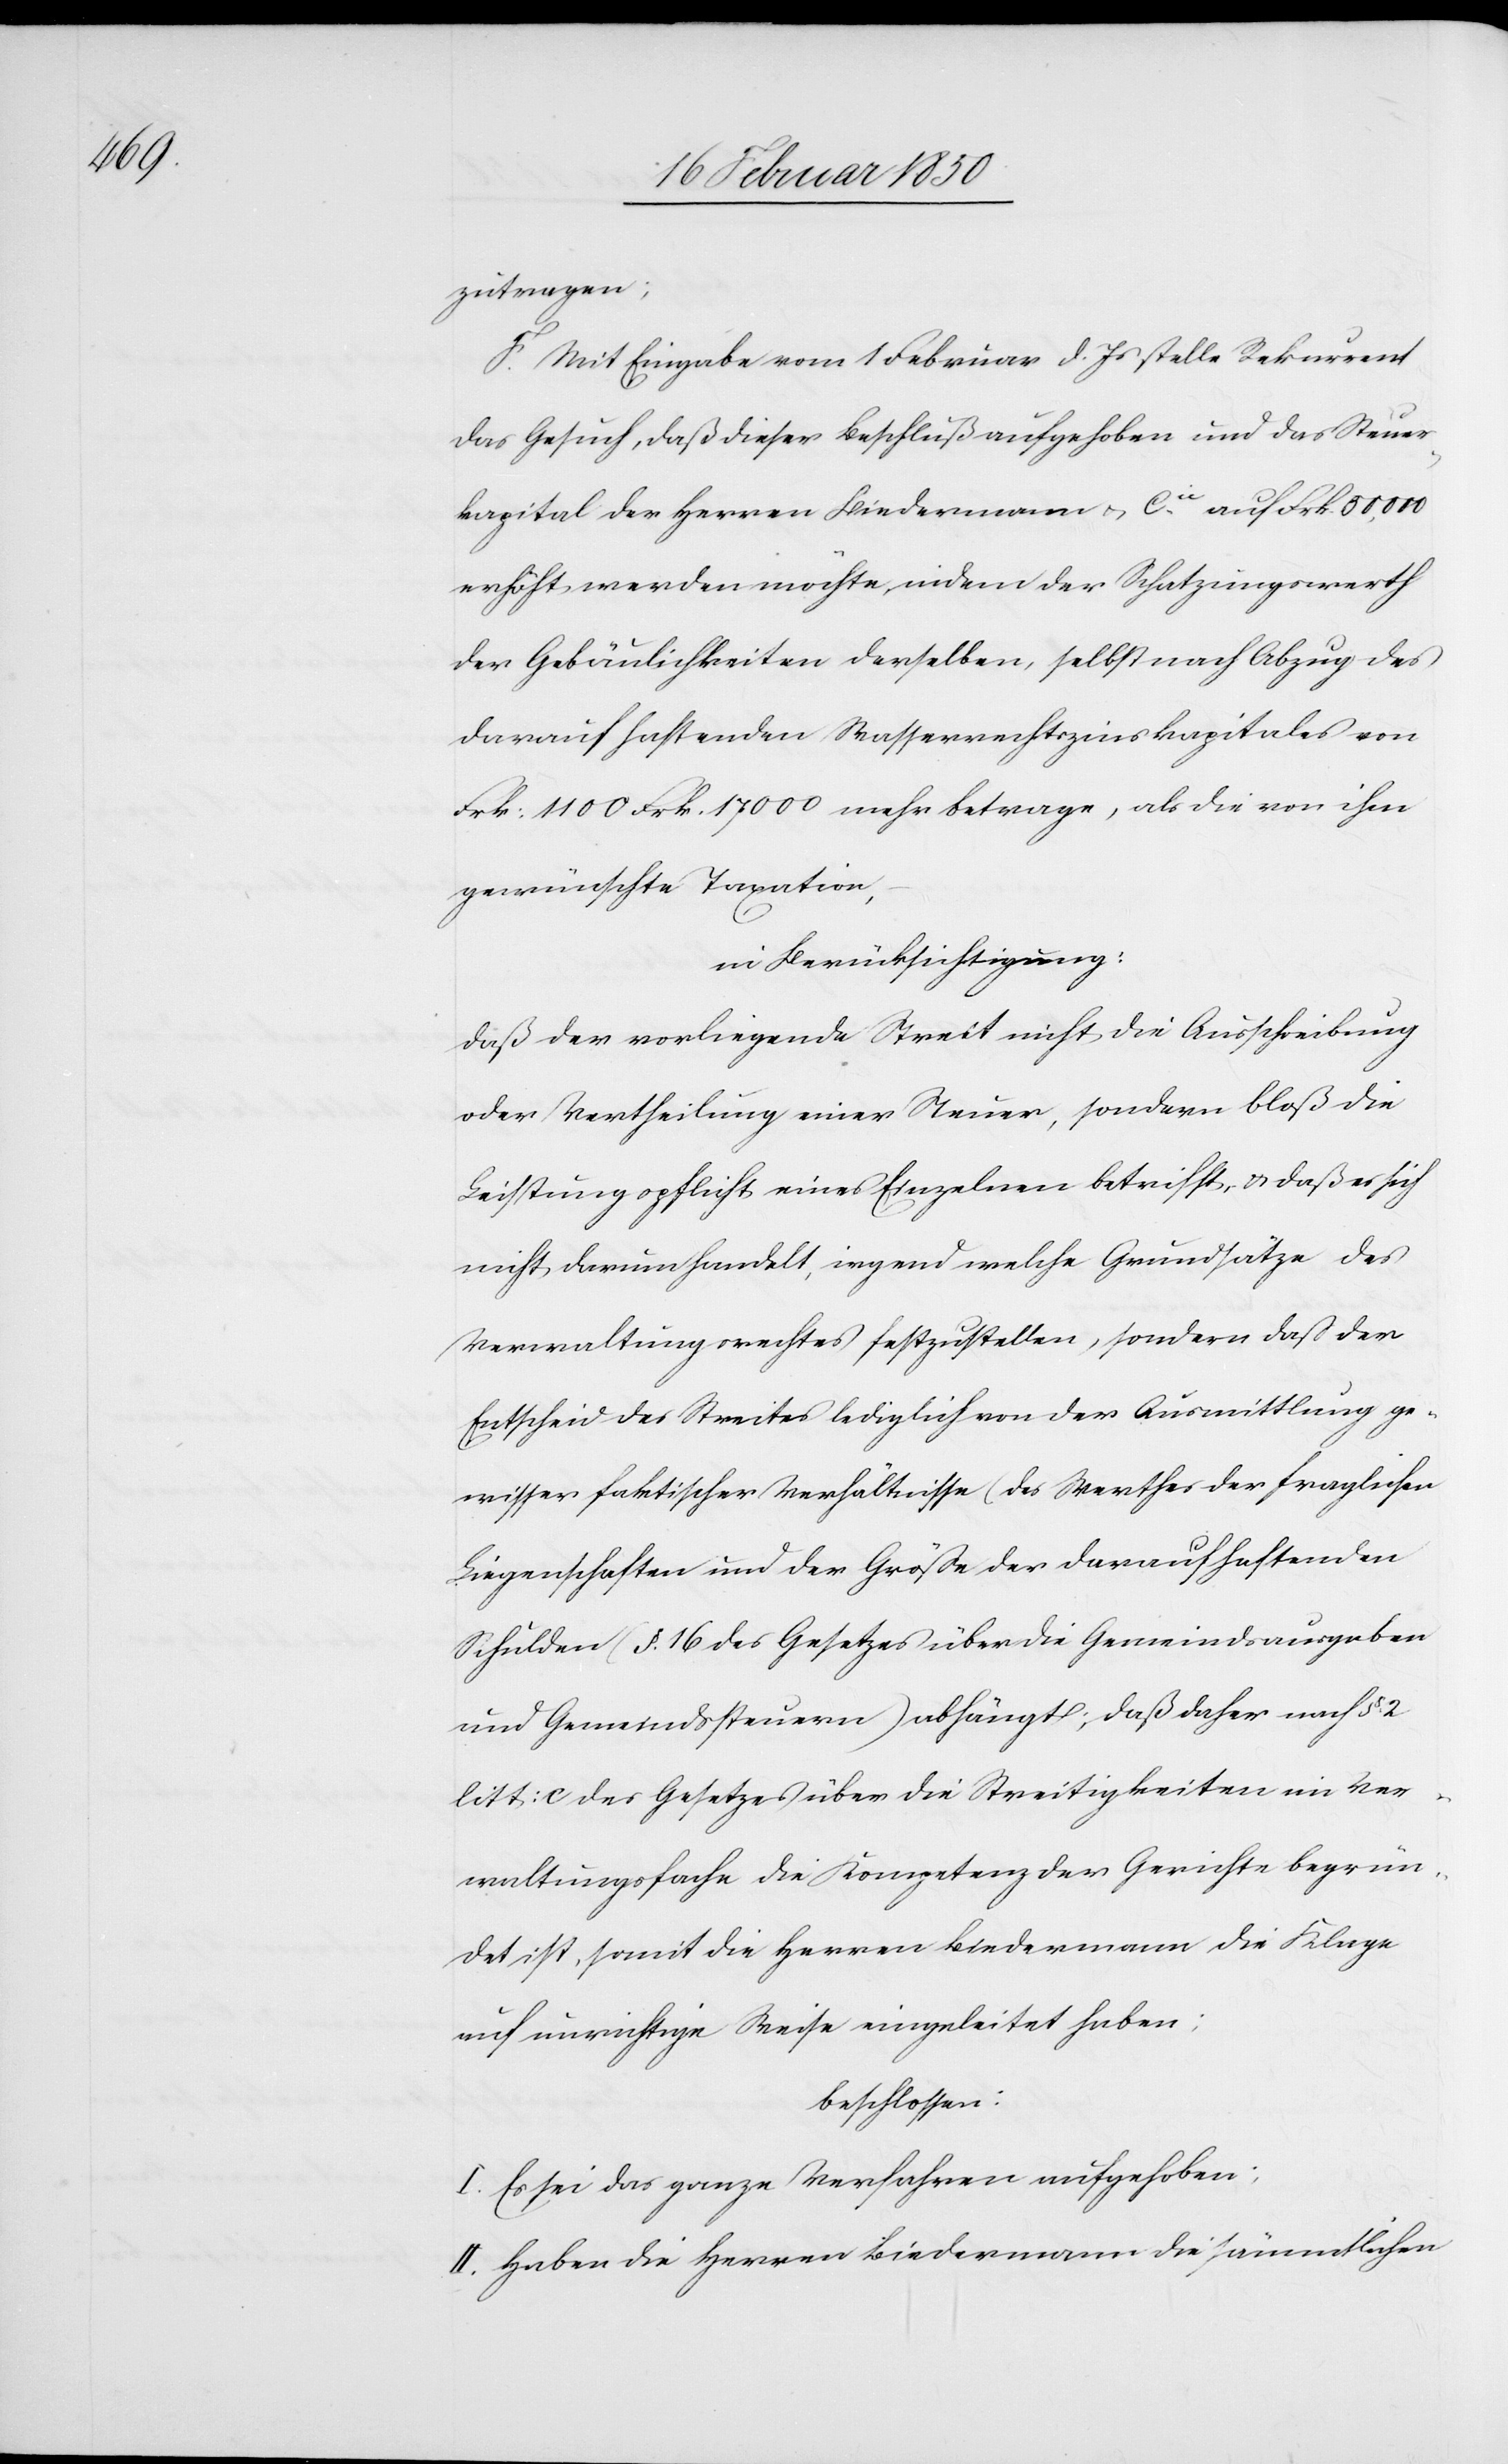
zutragen;
F. Mit Eingabe vom 1 Februar d. Js stelle Rekurrent
das Gesuch, daß dieser Beschluß aufgehoben und das Steuer¬
kapital der Herren Biedermann u. Cie auf Frk. 50,000
erhöht werden möchte, indem der Schatzungswerth
der Gebäulichkeiten derselben, selbst nach Abzug des
darauf haftenden Wasserrechtszinskapitales von
Frk: 1100 Frk. 17000 mehr betrage, als die von ihm
gewünschte Taxation,
in Berücksichtigung:
Daß der vorliegende Streit nicht die Ausschreibung
oder Vertheilung einer Steuer, sondern bloß die
Leistungspflicht eines Einzelnen betrifft, u. daß es sich
nicht darum handelt, irgend welche Grundsätze des
Verwaltungsrechtes festzustellen, sondern daß der
Entscheid des Streites lediglich von der Ausmittlung ge¬
wisser faktischer Verhältnisse (des Werthes der fraglichen
Liegenschaften und der Größe der darauf haftenden
Schulden (§. 16 des Gesetzes über die Gemeindsausgaben
und Gemeindssteuern) abhängt; daß daher nach §. 2
litt: c des Gesetzes über die Streitigkeiten im Ver¬
waltungsfache die Kompetenz der Gerichte begrün¬
det ist, somit die Herren Biedermann die Klage
auf unrichtige Weise eingeleitet haben;
beschlossen:
I. Es sei das ganze Verfahren aufgehoben;
II. Haben die Herren Biedermann die sämmtlichen